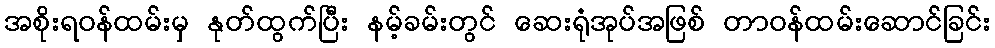
အစိုးရဝန်ထမ်းမှ နုတ်ထွက်ပြီး နမ့်ခမ်းတွင် ဆေးရုံအုပ်အဖြစ် တာဝန်ထမ်းဆောင်ခြင်း